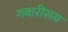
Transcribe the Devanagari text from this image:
गबारीसय